Calcutta medical institutions reports 1871-78
Year: 1871
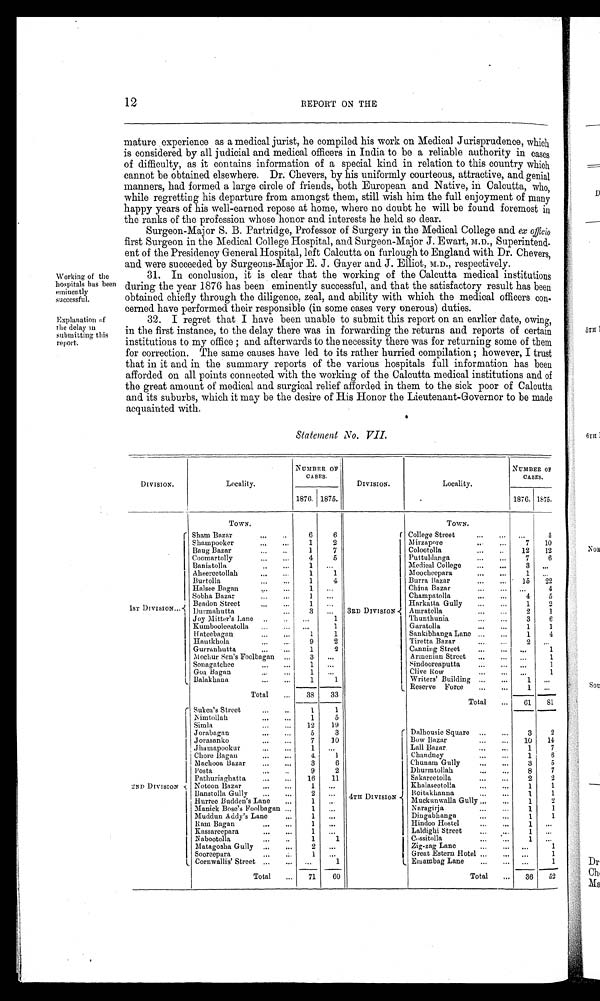
12
REPORT ON THE
mature experience as a medical jurist, he compiled his work on Medical Jurisprudence, which
is considered by all judicial and medical officers in India to be a reliable authority in cases
of difficulty, as it contains information of a special kind in relation to this country which
cannot be obtained elsewhere. Dr. Chevers, by his uniformly courteous, attractive, and genial
manners, had formed a large circle of friends, both European and Native, in Calcutta, who,
while regretting his departure from amongst them, still wish him the full enjoyment of many
happy years of his well-earned repose at home, where no doubt he will be found foremost in
the ranks of the profession whose honor and interests he held so dear.
Surgeon-Major S. B. Partridge, Professor of Surgery in the Medical College and ex officio
first Surgeon in the Medical College Hospital, and Surgeon-Major J. Ewart, M.D., Superintend-
ent of the Presidency General Hospital, left Calcutta on furlough to England with Dr. Chevers,
and were succeeded by Surgeons-Major E. J. Gayer and J. Elliot, M.D., respectively.
Working of the
hospitals has been
eminently successful.
31. In conclusion, it is clear that the working of the Calcutta medical institutions
during the year 1876 has been eminently successful, and that the satisfactory result has been
obtained chiefly through the diligence, zeal, and ability with which the medical officers con
-cerned have performed their responsible (in some cases very onerous) duties.
Explanation of
the delay in submitting this report.
32. I regret that I have been unable to submit this report on an earlier date, owing,
in the first instance, to the delay there was in forwarding the returns and reports of certain
institutions to my office ; and afterwards to the necessity there was for returning some of them
for correction. The same causes have led to its rather hurried compilation ; however, I trust
that in it and in the summary reports of the various hospitals full information has been
afforded on all points connected with the working of the Calcutta medical institutions and of
the great amount of medical and surgical relief afforded in them to the sick poor of Calcutta
and its suburbs, which it may be the desire of His Honor the Lieutenant-Governor to be made
acquainted with.
DIVISION.
Locality.
TOWN.
Statement
NUMBER OF
CASES.
1876. 1875.
No. VII.
DIVISION.
Locality.
TOWN.
NUMBER OF
CASES.
1876.
1875.
1 S T D I V I S I O N
2ND DIVISION
Sham Bazar
6
6
3RD DIVISION
4 T H D I V I S I O N
College Street
4
Shampooker
1
2
Mirzapore 7 10
Baug Bazar
1
7
Colootolla
12 12
Coomartolly
4
5
Puttuldanga
7
6
Baniatolla
1
Medical College
3
Aheereetollah
1
1
Moocheepara
1
Burtolla
1
4
Burra Bazar
15 22
Halsee Began
1
China Bazar
4
Sobha Bazar
1
Champatolla
4 5
Beadon Street
1
Harkatta Gully
1
2
Durmahutta
3
Amratolla
2
1
Joy Mitter's Lane
1
Thunthunia
3
6
Kumbooleeatolla
1
Garatolla
1
1
Hateebagan
1
1
Sankibhanga Lane
1
4
Hautkhola
9
2
Tiretta Bazar
2
Gurranhutta
1
2
Canning Street
1
Mochur Sen's Foolbagan
3
Armenian Street
1
Sonagatchee
1
Sindooreaputta
1
Goa Began
1
C l i v e R o w
1
Balakhana
1
1
Writers' Building
1
Total
38 33
Reserve Force
1
Total
61 81
Sukea's Street
1
1
Nimtollah
1
5
Simla
12 19
Jorabagan
5
3
Dalhousie Square
3
2
Jorasanko
7 10
Bow Bazar
10 14
Jhamapookur
1
Lall Bazar
1
7
Chore Bagan
4
1
Chandney
1
6
Machooa Bazar
3
6
Chunam Gully
3
5
Posta
9
2
Dhurmtollah
8
7
Pathuriaghatta
16 11
Sakareetolla
2
2
Notoon Bazar
1
Khalaseetolla
1
1
Banstolla Gully
2
Boitakhanna
1
1
Hurree Budden's Lane
1
Muckunwalla Gully
1
2
Manick Bose's Foolbagan
1
Naragirja
1
1
Muddun Addy's Lane
1
Dingablianga
1
1
Ram Bagan
1
Hindoo Hostel
1
Kassareepara
1
Laldighi Street
1
Nabootolla
1
1
Cossitolla
1
Matagosha Gully
2
Zig-zag Lane
1
Sooreepara
1
Great Estern Hotel
1
Cornwallis' Street
1
Emambag Lane
1
Total
71 60
Total
36 5 2